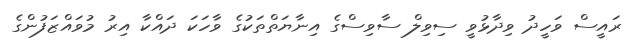
ރައީސް ވަހީދު ވިދާޅުވީ ސިވިލް ސާވިސްގެ އިނާޔަތްތަކުގެ ވާހަކަ ދައްކާ އިރު މުވައްޒަފުންގެ